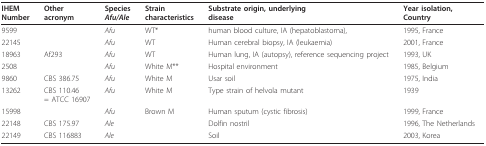
| IHEMNumber | Otheracronym | SpeciesAfu/Ale | Straincharacteristics | Substrate origin, underlyingdisease | Year isolation,Country |
 | --- | --- | --- | --- | --- | --- |
 | 9599 |  | Afu | WT* | human blood culture, IA (hepatoblastoma), | 1995, France |
 | 22145 |  | Afu | WT | Human cerebral biopsy, IA (leukaemia) | 2001, France |
 | 18963 | Af293 | Afu | WT | Human lung, IA (autopsy), reference sequencing project | 1993, UK |
 | 2508 |  | Afu | White M** | Hospital environment | 1985, Belgium |
 | 9860 | CBS 386.75 | Afu | White M | Usar soil | 1975, India |
 | 13262 | CBS 110.46= ATCC 16907 | Afu | White M | Type strain of helvola mutant | 1939 |
 | 15998 |  | Afu | Brown M | Human sputum (cystic fibrosis) | 1999, France |
 | 22148 | CBS 175.97 | Ale |  | Dolfin nostril | 1996, The Netherlands |
 | 22149 | CBS 116883 | Ale |  | Soil | 2003, Korea |